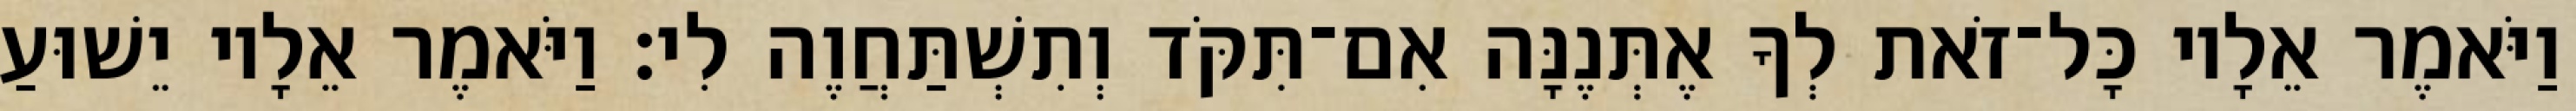
וַיֹּאמֶר אֵלָיו כָּל־זֹאת לְךָ אֶתְּנֶנָּה אִם־תִּקֹּד וְתִשְׁתַּחֲוֶה לִי׃ וַיֹּאמֶר אֵלָיו יֵשׁוּעַ